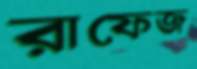
রাফেজ